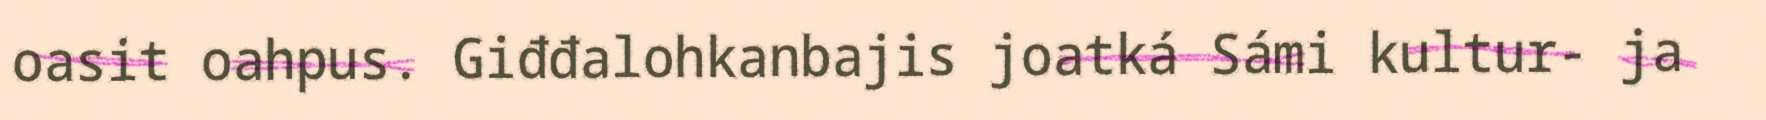
oasit oahpus. Giđđalohkanbajis joatká Sámi kultur- ja